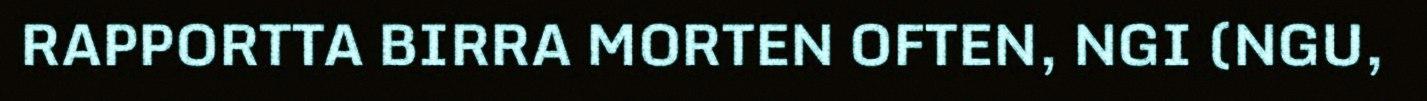
RAPPORTTA BIRRA MORTEN OFTEN, NGI (NGU,